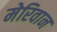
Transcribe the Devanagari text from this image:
मेरिवान